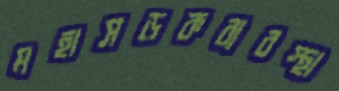
মহাসড়কব্যবস্থা